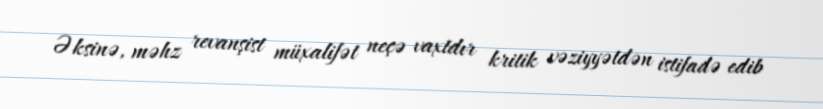
Əksinə, məhz revanşist müxalifət neçə vaxtdır kritik vəziyyətdən istifadə edib